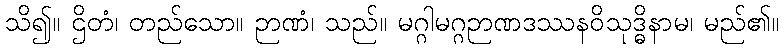
သိ၍။ ဌိတံ၊ တည်သော။ ဉာဏံ၊ သည်။ မဂ္ဂါမဂ္ဂဉာဏဒဿနဝိသုဒ္ဓိနာမ၊ မည်၏။